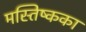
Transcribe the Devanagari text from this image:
मस्तिष्कका